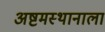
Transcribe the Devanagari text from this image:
अष्टमस्थानाला